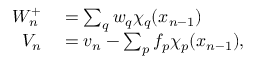
\begin{array} { r l } { W _ { n } ^ { + } } & { { } = \sum _ { q } w _ { q } \chi _ { q } ( x _ { n - 1 } ) } \\ { V _ { n } } & { { } = v _ { n } - \sum _ { p } f _ { p } \chi _ { p } ( x _ { n - 1 } ) , } \end{array}